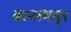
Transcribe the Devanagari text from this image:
बल्लभपुर